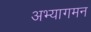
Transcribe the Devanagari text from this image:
अभ्यागमन